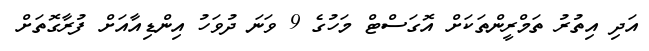
އަދި އިތުރު ތަމްރީންތަކަށް އޮގަސްޓް މަހުގެ 9 ވަނަ ދުވަހު އިންޑިއާއަށް ފުރާގޮތަށް